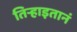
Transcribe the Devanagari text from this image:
तिऱ्हाइतानं